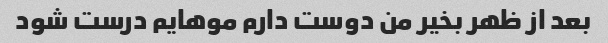
بعد از ظهر بخیر من دوست دارم موهایم درست شود